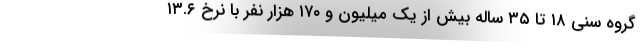
گروه سنی ۱۸ تا ۳۵ ساله بیش از یک میلیون و ۱۷۰ هزار نفر با نرخ ۱۳.۶